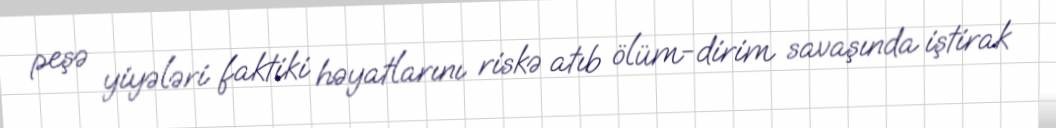
peşə yiyələri faktiki həyatlarını riskə atıb ölüm-dirim savaşında iştirak